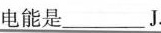
电能是___J.